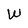
Character: W